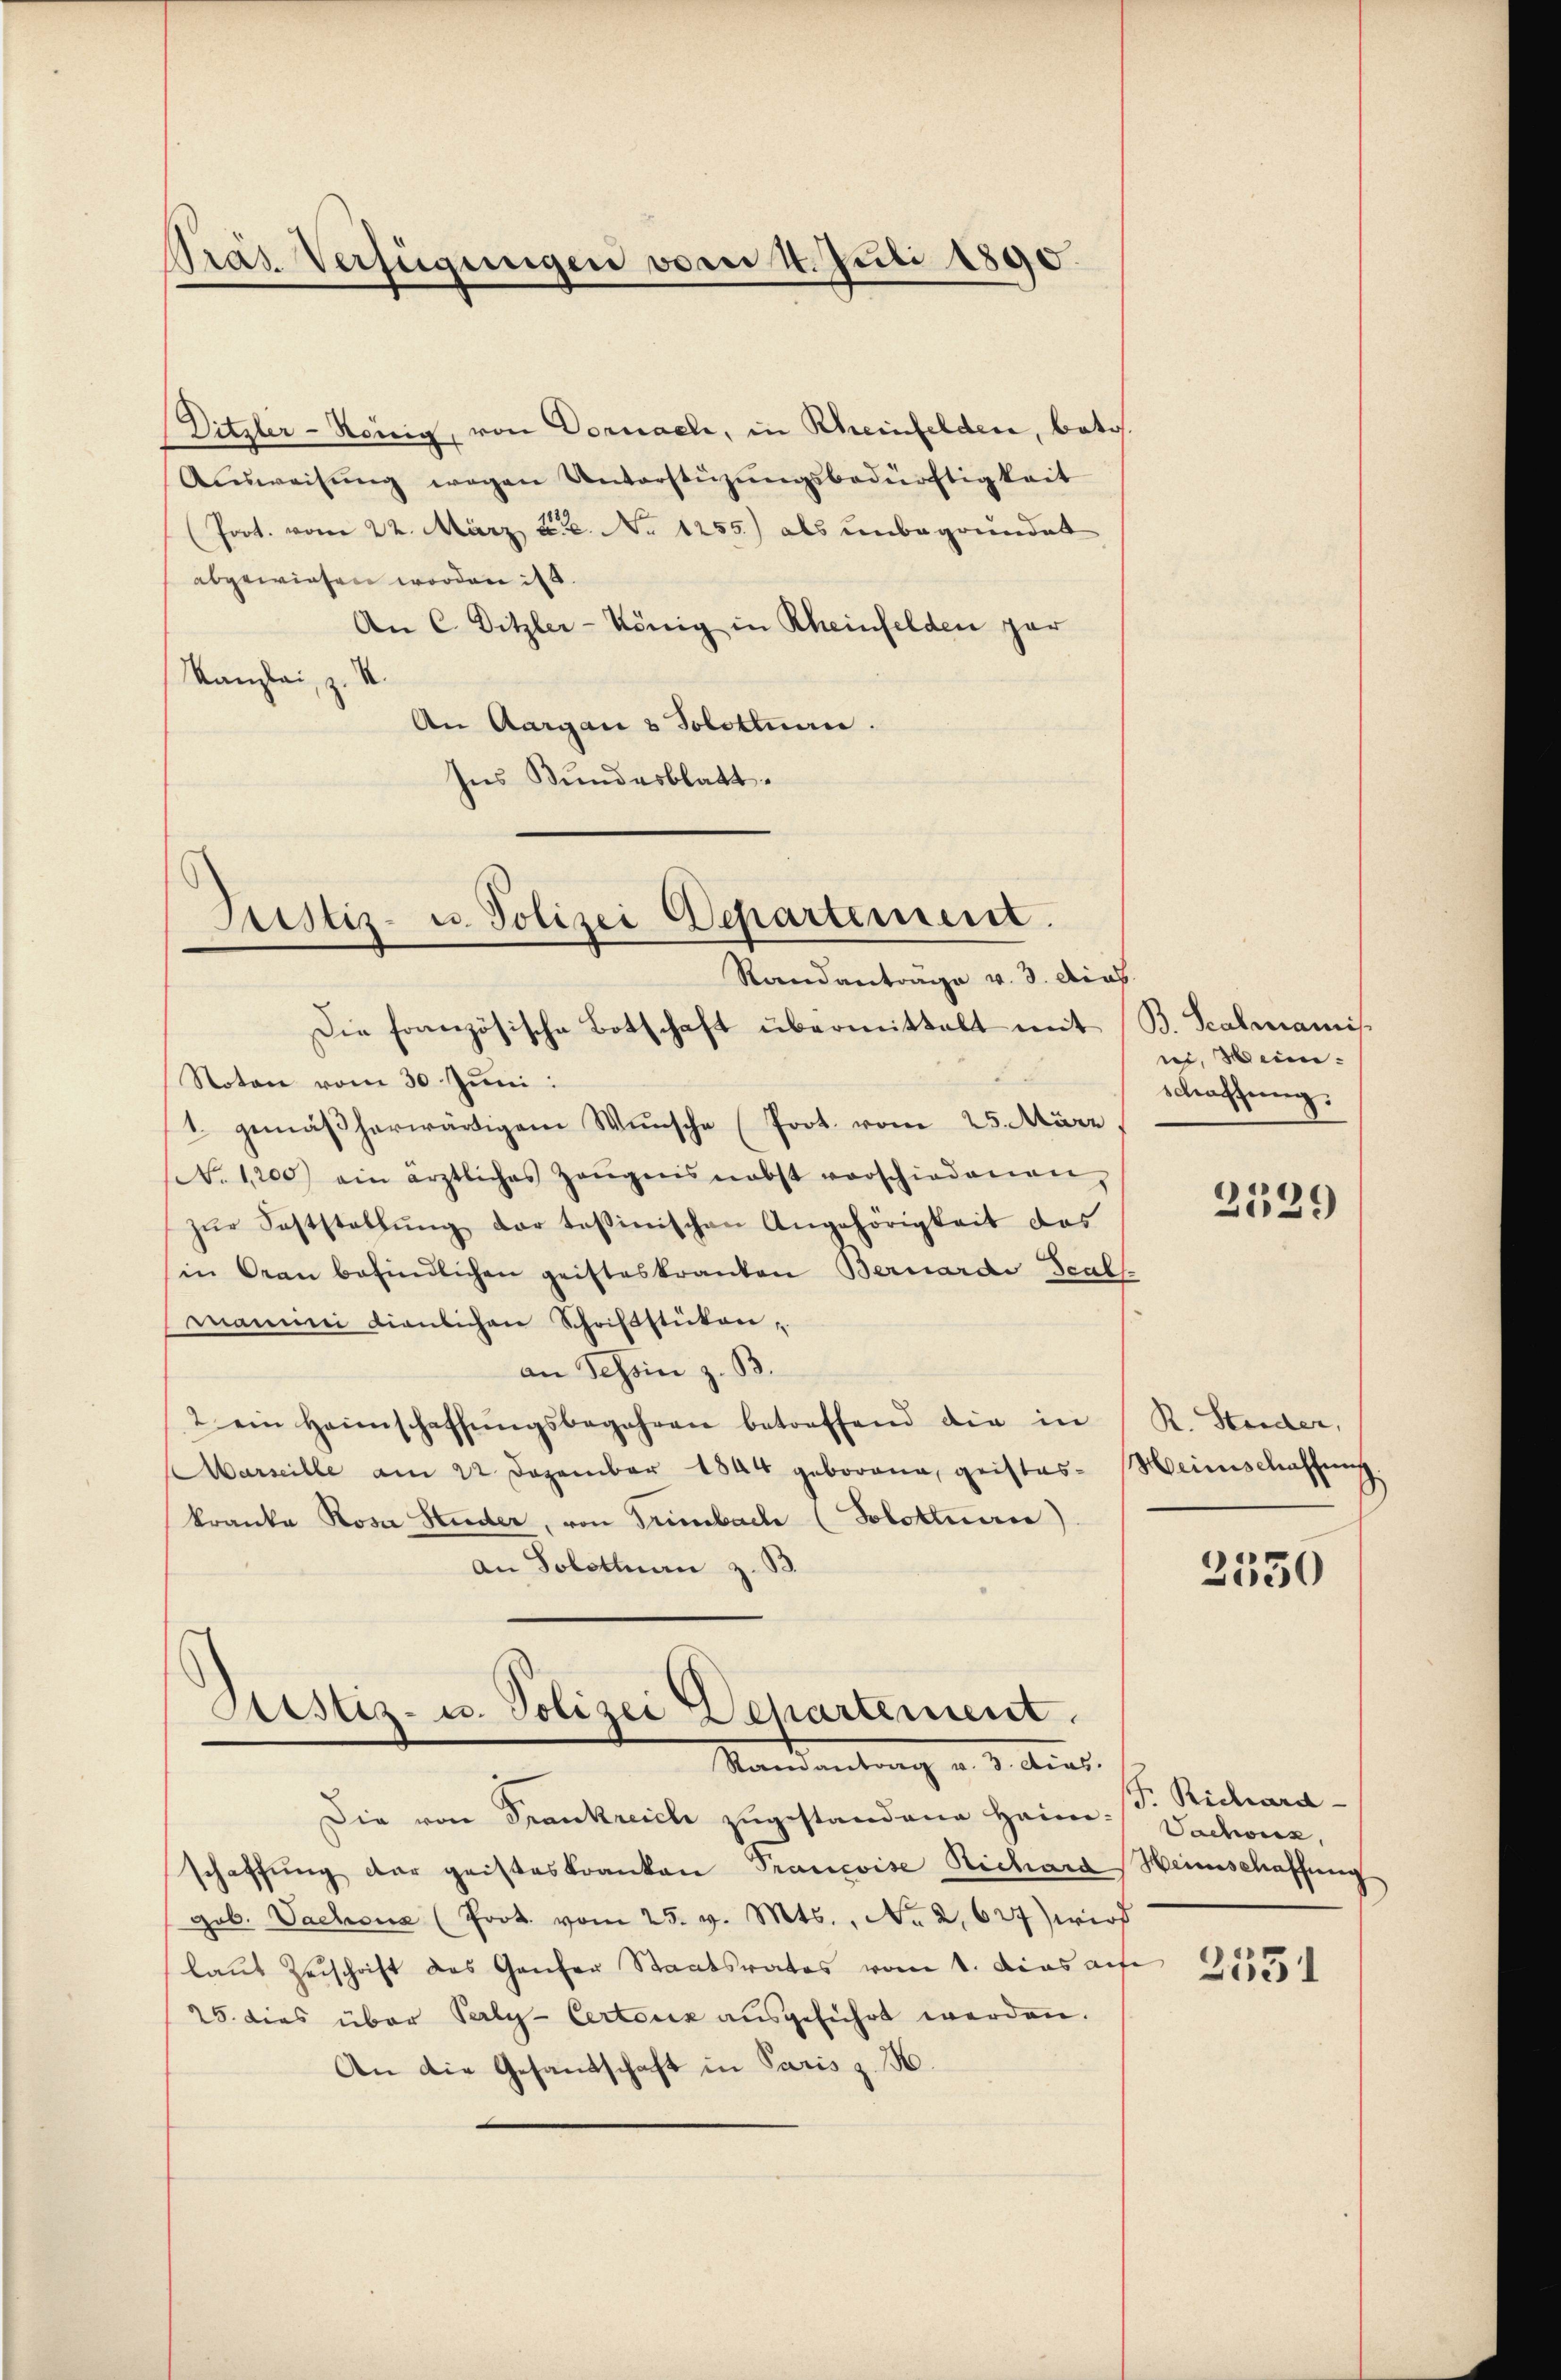
Präs. Verfügungen vom 4. Juli 1890.

Ditzler-Konig, von Dornaele, in Rheinfelden, botos.
Aŭsweisŭng wegen Unterstüzŭngsbedürftigkeit
(Poot. vom 22. März etc. No 1255) als unbegründet
abgewiesen worden ist.
An C. Ditzler-König in Rheinfelden par
Kanzlei, z. B.
An Aargau & Solottuan.
Ins Bundesblatt.

Justiz- u. Polizei Departement.
Randantrage v. 3. dies

Die französische Botschaft übermittelt mit
Noton vom 30. Juni:
1. gemäßherwärtigem Wunsche (Poot. vom 25. März
. 1200 ein ärztliches Zeŭgens nebst verschiedenen,
zŭr Feststellŭng der tessinischen Angehörigkeit des
in Gran befindlichen geisteskranten Bernardi Scals
manini dienlichen Schriftstüken,
an Schein z. B.
2 ein Heimschaffŭngsbegehren betreffend die in
Marseille am 22. Dezember 1844 geborena, geistes Heinschaffung
kranka Rosa Huder, von Trimbach (Solotterie)
an Solothurn z. B.
Astiz- u. Polizei Departement
Mandantung v. 3. Art.
Die von Frankreich zugestandene Heimschaffung der geisteskranken Prancoise Richard
gob. Vachens (Prot. vom 25. v. Mts., No 2,627) wird
laut Zuschrift des Ganzer Staatsrates vom 1. das auf
25. dies über Paly-Certonik aŭsgeführt werden.
An die Gesandschaft in Paris z. B.

B. Scalmannis
ni, Meine
schaffung.

2529

R. Steider,

2550

F. Richard-
Vachoux,
Heinschaffung

2531